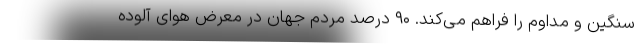
سنگین و مداوم را فراهم می‌کند. ۹۰ درصد مردم جهان در معرض هوای آلوده